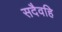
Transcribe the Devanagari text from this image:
सदैवहि